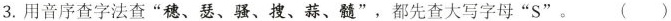
3.用音序查字法查”穗、瑟、骚、搜、蒜、髓”，都先查大写字母”S”。()